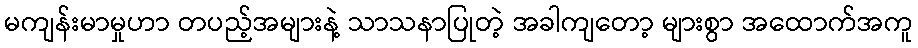
မကျန်းမာမှုဟာ တပည့်အများနဲ့ သာသနာပြုတဲ့ အခါကျတော့ များစွာ အထောက်အကူ